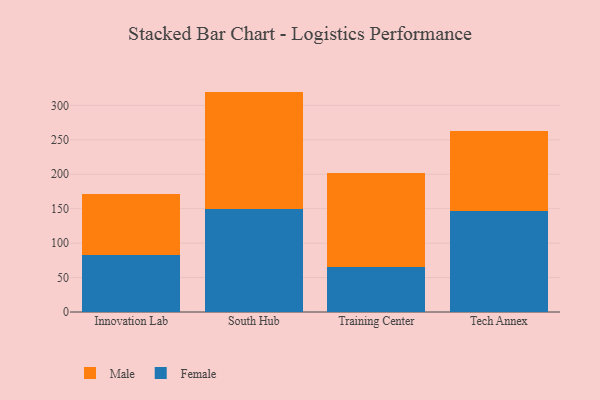
{"axis": {"x": "Campus", "y": "Energy Usage (MWh)"}, "legend": ["Female", "Male"], "data": [{"x": "Innovation Lab", "y": 82.8, "type": "Female"}, {"x": "Innovation Lab", "y": 88.8, "type": "Male"}, {"x": "South Hub", "y": 150.0, "type": "Female"}, {"x": "South Hub", "y": 170.0, "type": "Male"}, {"x": "Training Center", "y": 64.9, "type": "Female"}, {"x": "Training Center", "y": 137.0, "type": "Male"}, {"x": "Tech Annex", "y": 146.5, "type": "Female"}, {"x": "Tech Annex", "y": 117.0, "type": "Male"}]}